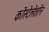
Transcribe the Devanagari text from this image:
कोंस्टेलेशोंन